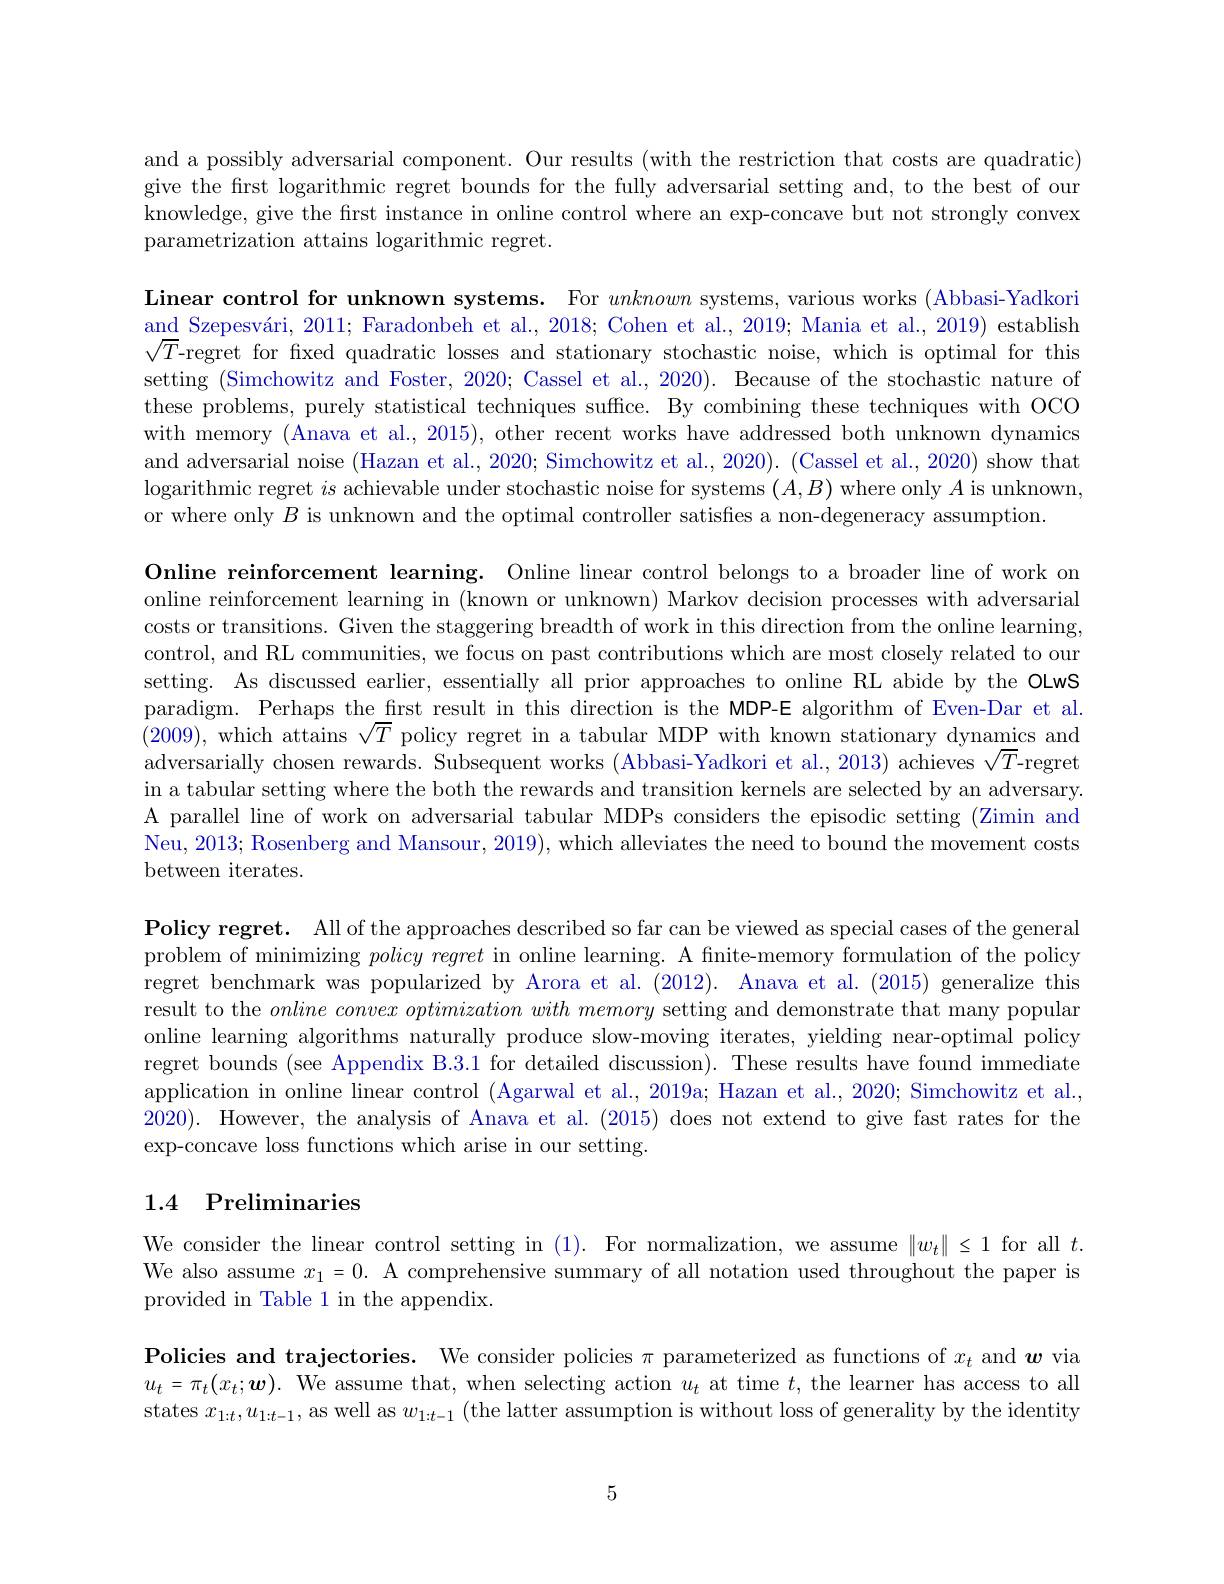
and a possibly adversarial component. Our results (with the restriction that costs are quadratic) give the first logarithmic regret bounds for the fully adversarial setting and, to the best of our knowledge, give the first instance in online control where an exp-concave but not strongly convex parametrization attains logarithmic regret.

Linear control for unknown systems. For unknown systems, various works (Abbasi-Yadkori and Szepesvári, 2011; Faradonbeh et al., 2018; Cohen et al., 2019; Mania et al., 2019) establish $\sqrt{T}$-regret for fixed quadratic losses and stationary stochastic noise, which is optimal for this setting (Simchowitz and Foster, 2020; Cassel et al., 2020). Because of the stochastic nature of these problems, purely statistical techniques suffice. By combining these techniques with OCO with memory (Anava et al., 2015), other recent works have addressed both unknown dynamics and adversarial noise (Hazan et al., 2020; Simchowitz et al., 2020). (Cassel et al., 2020) show that logarithmic regret $is$ achievable under stochastic noise for systems $(A,B)$ where only $A$ is unknown, or where only $B$ is unknown and the optimal controller satisfes a non-degeneracy assumption

Online reinforcement learning. Online linear control belongs to a broader line of work on online reinforcement learning in (known or unknown) Markov decision processes with adversarial costs or transitions. Given the staggering breadth of work in this direction from the online learning, control, and RL communities, we focus on past contributions which are most closely related to our setting. As discussed earlier, essentially all prior approaches to online RL abide by the OLwS paradigm. Perhaps the first result in this direction is the MDP-E algorithm of Even-Dar et al. (2009), which attains $\sqrt T$ policy regret in a tabular MDP with known stationary dynamics and adversarially chosen rewards. Subsequent works (Abbasi-Yadkori et al., 2013) achieves $\sqrt{T}$-regret in a tabular setting where the both the rewards and transition kernels are selected by an adversary. A parallel line of work on adversarial tabular MDPs considers the episodic setting (Zimin and Neu, 2013; Rosenberg and Mansour, 2019), which alleviates the need to bound the movement costs between iterates.

$\textbf{Policy regret. All of the approaches described so far can be viewed as special cases of the general}$ problem of minimizing $policy\textit{ regret in online learning. A finite- memory formulation of the policy}$ regret benchmark was popularized by Arora et al.(2012). Anava et al.(2015) generalize this result to the $online\textit{ conve}x\textit{ optimization with memory setting and demonstrate that many popular}$ online learning algorithms naturally produce slow-moving iterates, yielding near-optimal policy regret bounds (see Appendix B.3.1 for detailed discussion). These results have found immediate application in online linear control (Agarwal et al., 2019a; Hazan et al., 2020; Simchowitz et al., 2020). However, the analysis of Anava et al. (2015) does not extend to give fast rates for the exp-concave loss functions which arise in our setting.

# 1.4 Preliminaries

We consider the linear control setting in (1). For normalization, we assume $\|w_t\|\leq1$ for all $t.$ We also assume $x_1=0.$ A comprehensive summary of all notation used throughout the paper is provided in Table 1 in the appendix.

Policies and trajectories. We consider policies $\pi$ parameterized as functions of $x_t$ and $\boldsymbol{w}$ via $u_t=\pi_t(x_t;\boldsymbol{w}).$ We assume that, when selecting action $u_t$ at time $t$, the learner has access to all states $x_1:t,u_{1:t-1}$, as well as $w_1: t- 1$ ( the latter assumption is without loss of generality by the identity

5